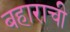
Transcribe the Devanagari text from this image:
बहाराची